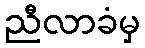
ညီလာခံမှ